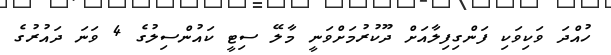
ހުއްދަ ވަކިވަކި ފަންގިފިލާއަށް ދޫކުރުމަށްވަނީ މާލޭ ސިޓީ ކައުންސިލުގެ 4 ވަނަ ދައުރުގެ